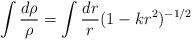
LaTeX: \begin{align*}\int \frac{d\rho}{\rho} = \int \frac{dr}{r} (1 - kr^{2})^{-1/2}\end{align*}